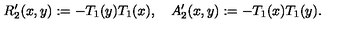
R _ { 2 } ^ { \prime } ( x , y ) : = - T _ { 1 } ( y ) T _ { 1 } ( x ) , \quad A _ { 2 } ^ { \prime } ( x , y ) : = - T _ { 1 } ( x ) T _ { 1 } ( y ) .